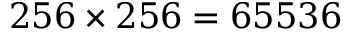
2 5 6 \times 2 5 6 = 6 5 5 3 6